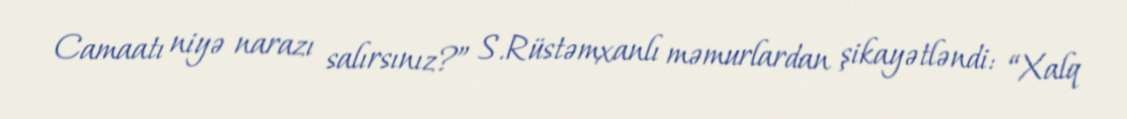
Camaatı niyə narazı salırsınız?” S.Rüstəmxanlı məmurlardan şikayətləndi: “Xalq